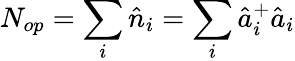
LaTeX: N_{op}=\sum_{i}\hat{n}_{i}=\sum_{i}\hat{a}_{i}^{+}\hat{a}_{i}